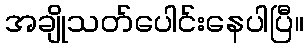
အချိုသတ်ပေါင်းနေပါပြီ။